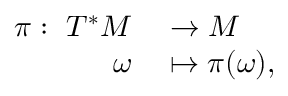
\begin{array} { r } { \begin{array} { r l } { { \pi } : \mathrm { ~ } T ^ { * } M } & { { } \to M } \\ { \omega } & { { } \mapsto \pi ( \omega ) , } \end{array} } \end{array}